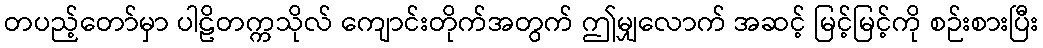
တပည့်တော်မှာ ပါဠိတက္ကသိုလ် ကျောင်းတိုက်အတွက် ဤမျှလောက် အဆင့် မြင့်မြင့်ကို စဉ်းစားပြီး